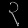
Digit: ၃